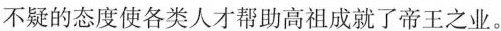
不疑的态度使各类人才帮助高祖成就了帝王之业。